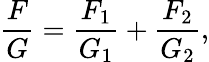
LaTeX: {\frac{F}{G}}={\frac{F_{1}}{G_{1}}}+{\frac{F_{2}}{G_{2}}},